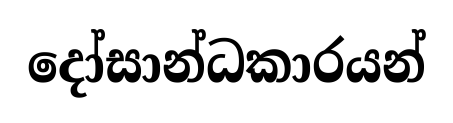
දෝසාන්ධකාරයන්